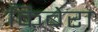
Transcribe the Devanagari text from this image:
किबेरा